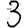
Digit: 3